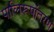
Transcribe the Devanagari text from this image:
पालिरूपांतरण